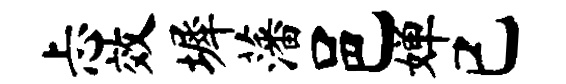
忐效墀藩邑婵已